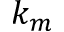
k _ { m }